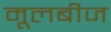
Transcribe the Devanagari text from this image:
मूलबीज